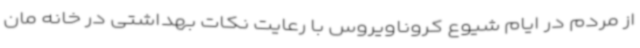
از مردم در ایام شیوع کروناویروس با رعایت نکات بهداشتی در خانه مان